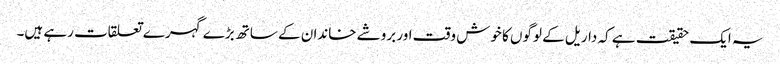
یہ ایک حقیقت ہے کہ داریل کے لوگوں کا خوش وقت اور بروشے خاندان کے ساتھ بڑے گہرے تعلقات رہے ہیں۔